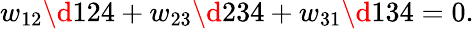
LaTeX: w_{12}\d 124+w_{23}\d 234+w_{31}\d 134=0.